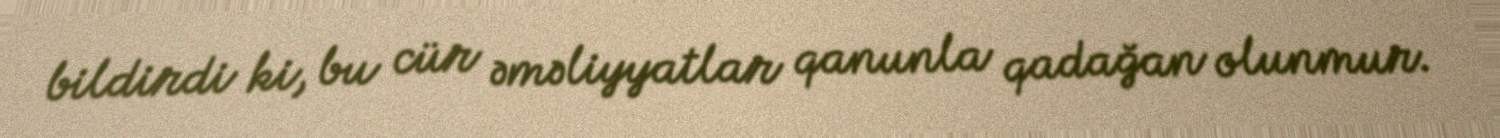
bildirdi ki, bu cür əməliyyatlar qanunla qadağan olunmur.